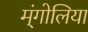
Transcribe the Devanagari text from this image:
म्ंगोलिया